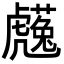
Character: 𧈋